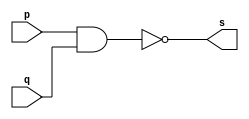
// --------------
// Exemplo0006 - NAND
// Nome: Josemar Alves Caetano
// Matrcula: 448662
// Data: 02/08/2012
// --------------

// --------------
// -- nand gate
// --------------
module nandgate(output s, input p, input q);
 assign s = (~(p & q));
endmodule

// --------------
// -- test nandgate
// --------------
module testnandgate;

// -------------- Dados locais
 reg a, b; //Definir registradores
 wire s; //Definir conexo (fio)

// -------------- Instncia
 nandgate NAND1(s, a, b);
 
// -------------- Preparao
 initial begin: start
  a = 0; b = 0;
 end

// -------------- Parte principal
 initial begin: main
   $display("Exemplo0006 - Josemar Alves Caetano - 448662.");
	$display("Teste NAND gate:");
	$display("\t~(a & b)\n");
	
  #1 $display("\t~(%b & %b) = %b", a, b, s);
     a = 0; b = 1;
  #1 $display("\t~(%b & %b) = %b", a, b, s);
     a = 1; b = 0;
  #1 $display("\t~(%b & %b) = %b", a, b, s);
     a = 1; b = 1;
  #1 $display("\t~(%b & %b) = %b", a, b, s);
  
 end //main
 
endmodule //testnandgate